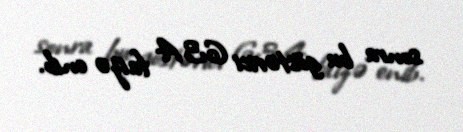
sonra bu göstərici 63,4 faizə enib.